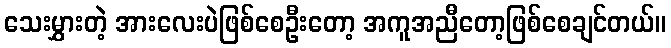
သေးမွှားတဲ့ အားလေးပဲဖြစ်စေဦးတော့ အကူအညီတော့ဖြစ်စေချင်တယ်။